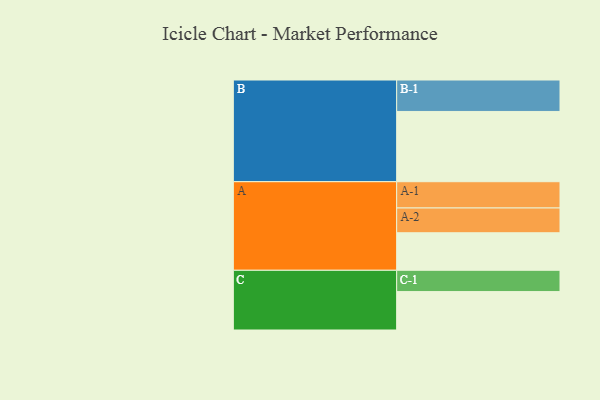
{"axis": {"x": "Segment", "y": "Value"}, "legend": ["", "A", "B", "C"], "data": [{"x": "A", "y": 303, "type": ""}, {"x": "B", "y": 567, "type": ""}, {"x": "C", "y": 310, "type": ""}, {"x": "A-1", "y": 212, "type": "A"}, {"x": "A-2", "y": 200, "type": "A"}, {"x": "B-1", "y": 254, "type": "B"}, {"x": "C-1", "y": 172, "type": "C"}]}